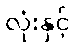
လုံးနှင့်